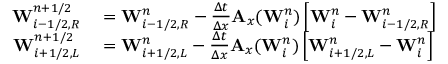
\begin{array} { r l } { \mathbf { W } _ { i - 1 / 2 , R } ^ { n + 1 / 2 } } & { { } = \mathbf { W } _ { i - 1 / 2 , R } ^ { n } - \frac { \Delta t } { \Delta x } \mathbf { A } _ { x } ( \mathbf { W } _ { i } ^ { n } ) \left[ \mathbf { W } _ { i } ^ { n } - \mathbf { W } _ { i - 1 / 2 , R } ^ { n } \right] } \\ { \mathbf { W } _ { i + 1 / 2 , L } ^ { n + 1 / 2 } } & { { } = \mathbf { W } _ { i + 1 / 2 , L } ^ { n } - \frac { \Delta t } { \Delta x } \mathbf { A } _ { x } ( \mathbf { W } _ { i } ^ { n } ) \left[ \mathbf { W } _ { i + 1 / 2 , L } ^ { n } - \mathbf { W } _ { i } ^ { n } \right] } \end{array}